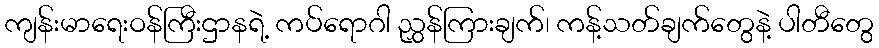
ကျန်းမာရေးဝန်ကြီးဌာနရဲ့ ကပ်ရောဂါ ညွှန်ကြားချက်၊ ကန့်သတ်ချက်တွေနဲ့ ပါတီတွေ